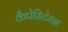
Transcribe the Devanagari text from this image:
कैपेसिटेशन